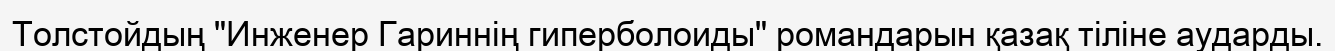
Толстойдың "Инженер Гариннің гиперболоиды" романдарын қазақ тіліне аударды.